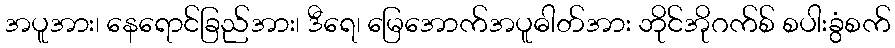
အပူအား၊ နေရောင်ခြည်အား၊ ဒီရေ၊ မြေအောက်အပူဓါတ်အား ဘိုင်အိုဂက်စ် စပါးခွံစက်